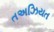
તઅઝિયત